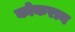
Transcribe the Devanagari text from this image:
कोकरान